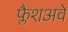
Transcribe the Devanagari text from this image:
फ्लैशअवे